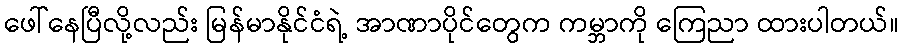
ဖေါ်နေပြီလို့လည်း မြန်မာနိုင်ငံရဲ့ အာဏာပိုင်တွေက ကမ္ဘာကို ကြေညာ ထားပါတယ်။